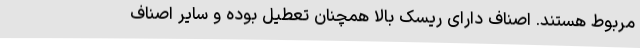
مربوط هستند. اصناف دارای ریسک بالا همچنان تعطیل بوده و سایر اصناف